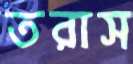
তরাস